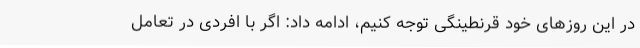
در این روزهای خود قرنطینگی توجه کنیم، ادامه داد: اگر با افردی در تعامل